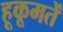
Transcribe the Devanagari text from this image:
हूकूमतें